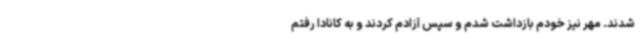
شدند. مهر نیز خودم بازداشت شدم و سپس آزادم کردند و به کانادا رفتم